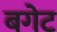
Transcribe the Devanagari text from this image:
बगेट